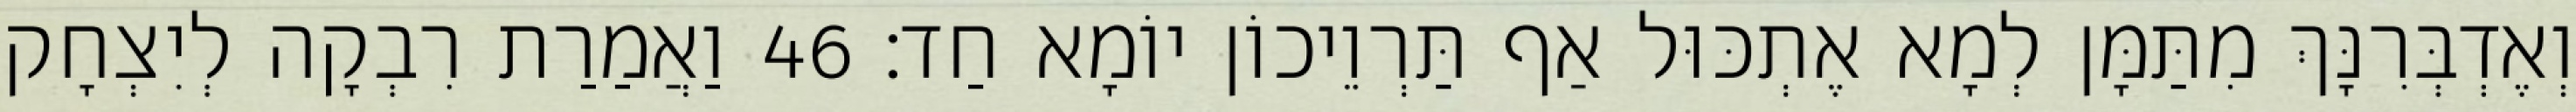
וְאֶדְבְּרִנָּךְ מִתַּמָּן לְמָא אֶתְכּוּל אַף תַּרְוֵיכוֹן יוֹמָא חַד׃ 46 וַאֲמַרַת רִבְקָה לְיִצְחָק